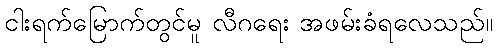
ငါးရက်မြောက်တွင်မူ လီဂရေး အဖမ်းခံရလေသည်။